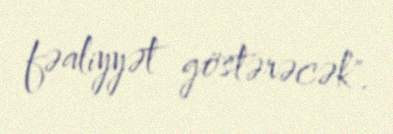
fəaliyyət göstərəcək".